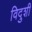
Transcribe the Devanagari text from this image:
विदुशी